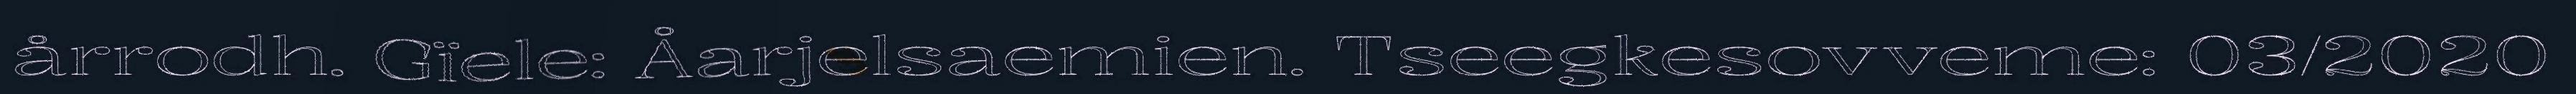
årrodh. Gïele: Åarjelsaemien. Tseegkesovveme: 03/2020